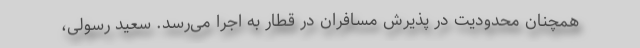
همچنان محدودیت در پذیرش مسافران در قطار به اجرا می‌رسد. سعید رسولی،